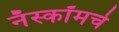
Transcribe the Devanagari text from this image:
नॅस्कॉमचे